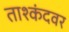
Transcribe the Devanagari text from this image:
ताश्कंदवर